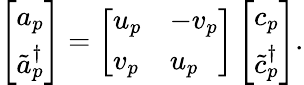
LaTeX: \left[\begin{array}{l}{a_{p}}\\ {\tilde{a}_{p}^{\dagger}}\end{array}\right]=\left[\begin{array}{ll}{u_{p}}&{-v_{p}}\\ {v_{p}}&{u_{p}}\end{array}\right]\left[\begin{array}{l}{c_{p}}\\ {\tilde{c}_{p}^{\dagger}}\end{array}\right].